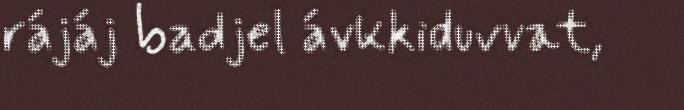
rájáj badjel ávkkiduvvat,